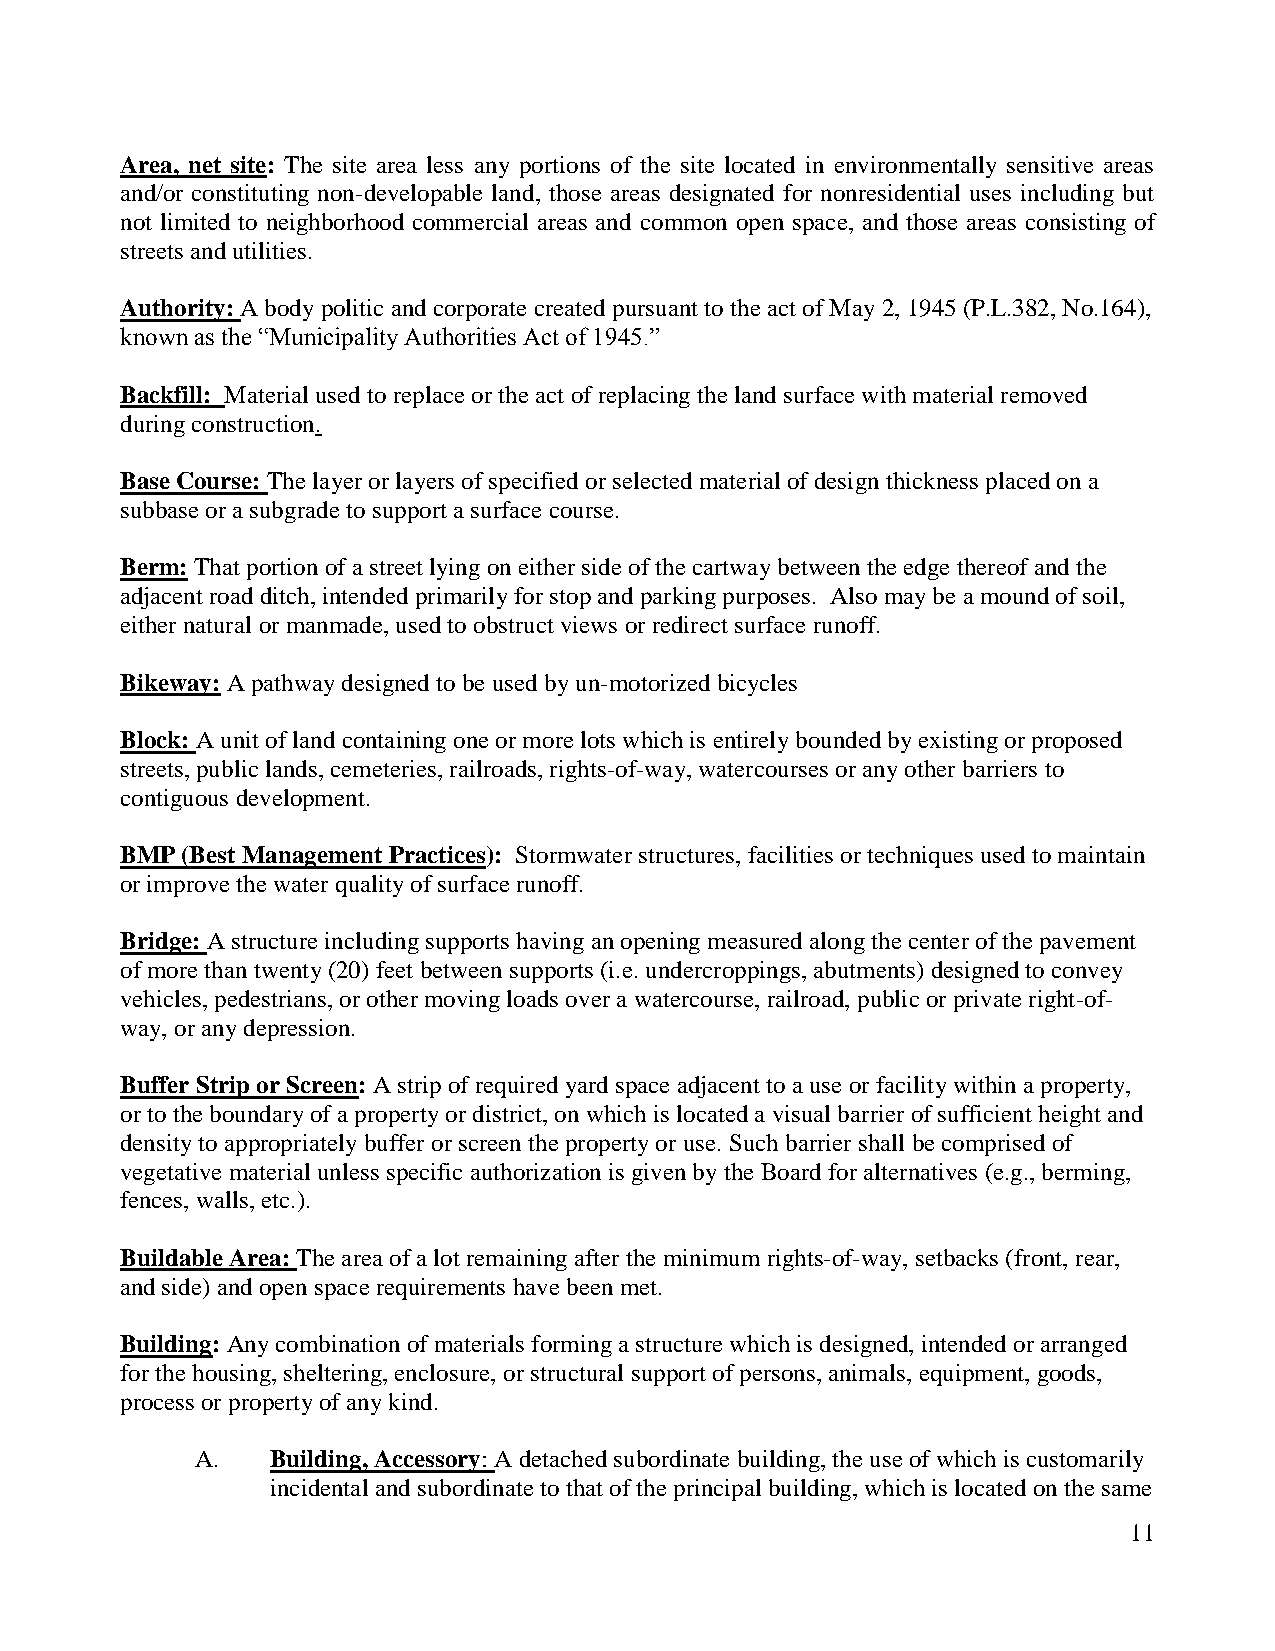
Area, net site: The site area less any portions of the site located in environmentally sensitive areas
 and/or constituting non-developable land, those areas designated for nonresidential uses including but
 not limited to neighborhood commercial areas and common open space, and those areas consisting of
 streets and utilities.
 Authority: A body politic and corporate created pursuant to the act of May 2, 1945 (P.L.382, No.164),
 known as the “Municipality Authorities Act of 1945.”
 Backfill: Material used to replace or the act of replacing the land surface with material removed
 during construction.
 Base Course: The layer or layers of specified or selected material of design thickness placed on a
 subbase or a subgrade to support a surface course.
 Berm: That portion of a street lying on either side of the cartway between the edge thereof and the
 adjacent road ditch, intended primarily for stop and parking purposes. Also may be a mound of soil,
 either natural or manmade, used to obstruct views or redirect surface runoff.
 Bikeway: A pathway designed to be used by un-motorized bicycles
 Block: A unit of land containing one or more lots which is entirely bounded by existing or proposed
 streets, public lands, cemeteries, railroads, rights-of-way, watercourses or any other barriers to
 contiguous development.
 BMP (Best Management Practices): Stormwater structures, facilities or techniques used to maintain
 or improve the water quality of surface runoff.
 Bridge: A structure including supports having an opening measured along the center of the pavement
 of more than twenty (20) feet between supports (i.e. undercroppings, abutments) designed to convey
 vehicles, pedestrians, or other moving loads over a watercourse, railroad, public or private right-of-
 way, or any depression.
 Buffer Strip or Screen: A strip of required yard space adjacent to a use or facility within a property,
 or to the boundary of a property or district, on which is located a visual barrier of sufficient height and
 density to appropriately buffer or screen the property or use. Such barrier shall be comprised of
 vegetative material unless specific authorization is given by the Board for alternatives (e.g., berming,
 fences, walls, etc.).
 Buildable Area: The area of a lot remaining after the minimum rights-of-way, setbacks (front, rear,
 and side) and open space requirements have been met.
 Building: Any combination of materials forming a structure which is designed, intended or arranged
 for the housing, sheltering, enclosure, or structural support of persons, animals, equipment, goods,
 process or property of any kind.
 A.   Building, Accessory: A detached subordinate building, the use of which is customarily
 incidental and subordinate to that of the principal building, which is located on the same
 11